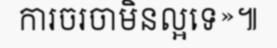
ការចរចាមិនល្អទេ»៕